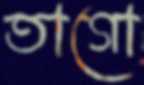
তাগো